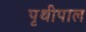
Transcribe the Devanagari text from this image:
पृथीपाल